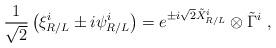
LaTeX: \begin{align*}\frac{1}{\sqrt{2}}\left(\xi^{i}_{R/L}\pm i\psi^{i}_{R/L}\right)=e^{\pm i\sqrt{2}\tilde X^{i}_{R/L}} \otimes \tilde \Gamma^i \ , \end{align*}